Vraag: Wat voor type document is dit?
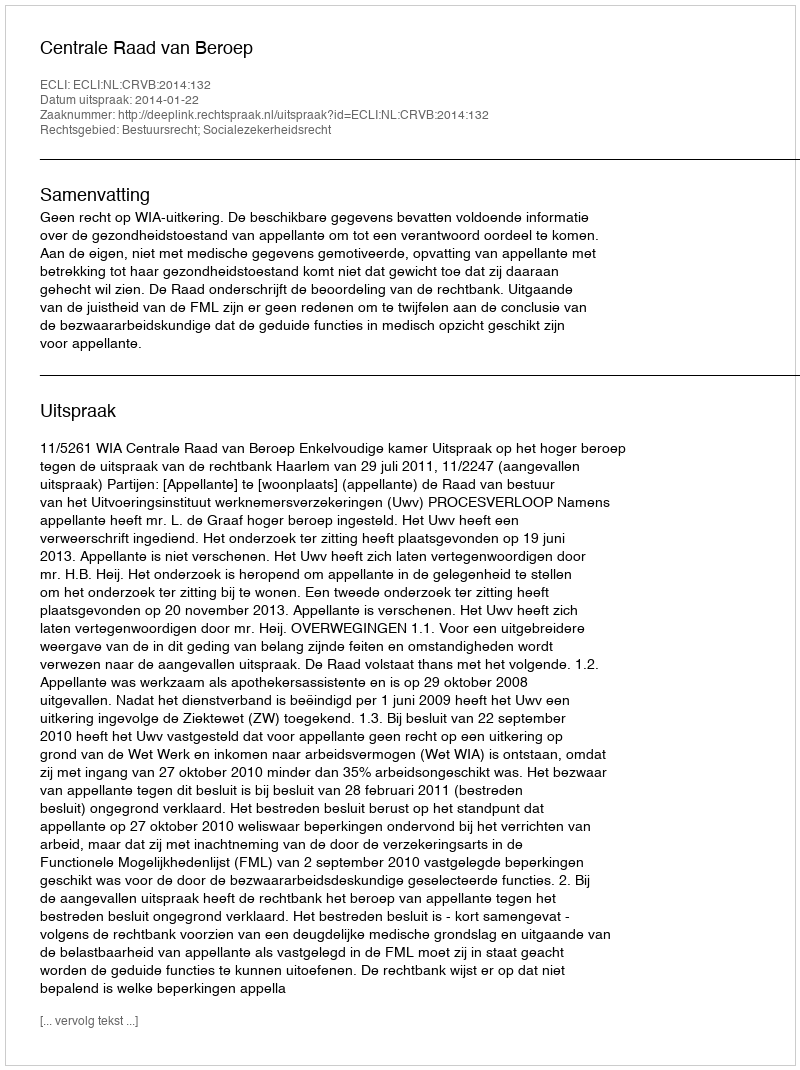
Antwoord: Uitspraak